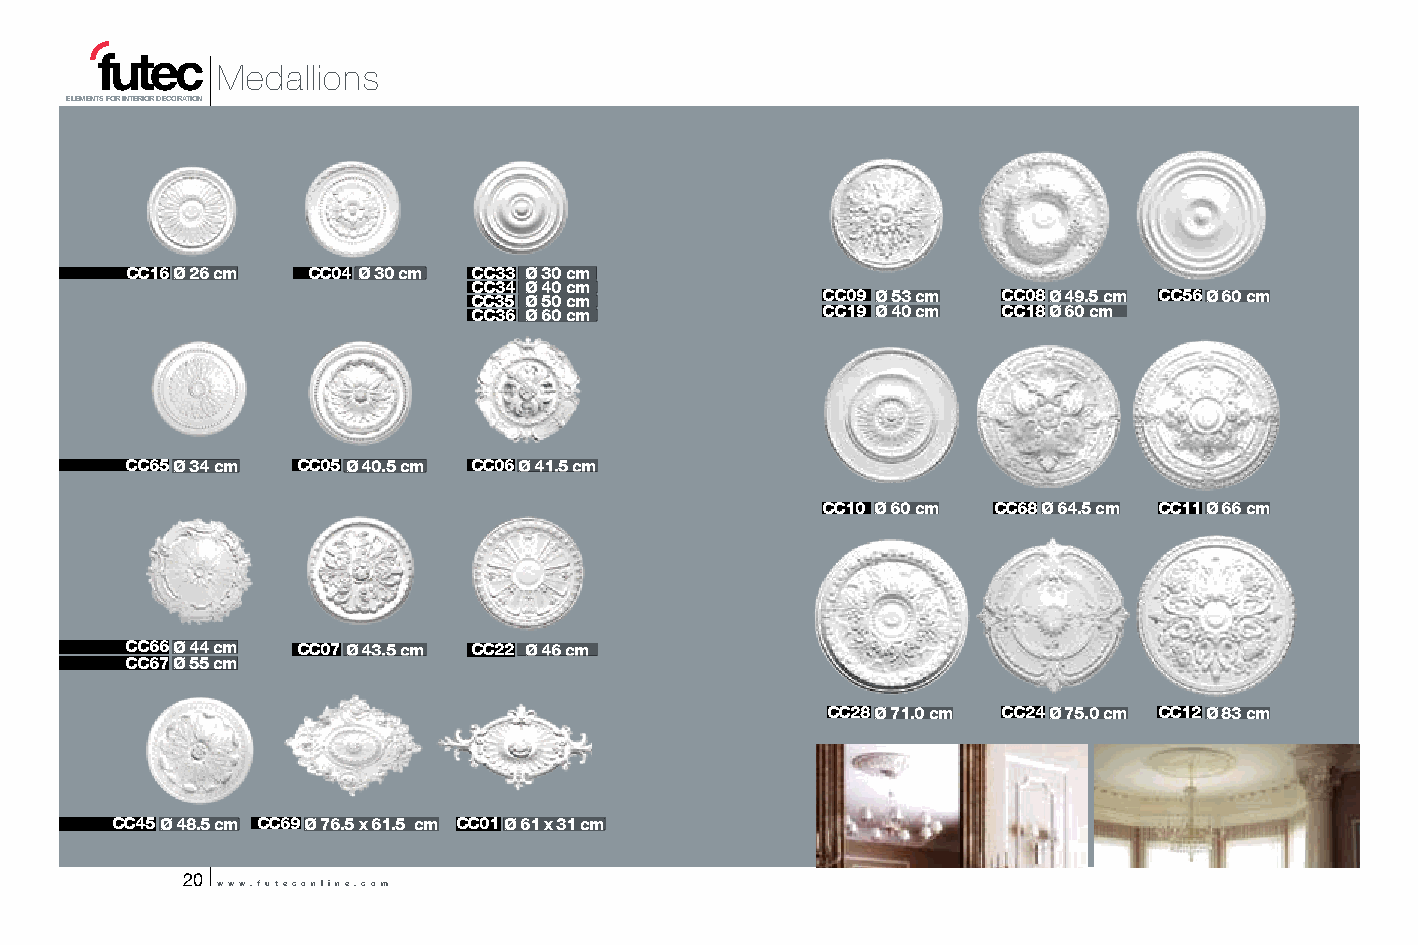
Medallions
 ELEMENTS FOR INTERIOR DECORATION
 CC16Ø 26 cm CC04 Ø 30 cm CC33 Ø 30 cm
 CC34 Ø 40 cm
 CC35 Ø 50 cm           CC09 Ø 53 cm CC08Ø 49.5 cm CC56Ø 60 cm
 CC36 Ø 60 cm           CC19 Ø 40 cm CC18Ø 60 cm
 CC65Ø 34 cm CC05Ø 40.5 cm CC06Ø 41.5 cm
 CC10 Ø 60 cm CC68Ø 64.5 cm CC11Ø 66 cm
 CC66Ø 44 cm CC07Ø 43.5 cm CC22 Ø 46 cm
 CC67Ø 55 cm
 CC28Ø 71.0 cm CC24Ø 75.0 cm CC12Ø 83 cm
 CC45Ø 48.5 cm CC69Ø 76.5 x 61.5 cm CC01Ø 61 x 31 cm
 20
 www.futeconline.com